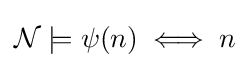
{\mathcal {N}}\models \psi (n)\iff n